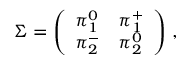
\Sigma = \left( \begin{array} { l l } { { \pi _ { 1 } ^ { 0 } } } & { { \pi _ { 1 } ^ { + } } } \\ { { \pi _ { 2 } ^ { - } } } & { { \pi _ { 2 } ^ { 0 } } } \end{array} \right) \, ,